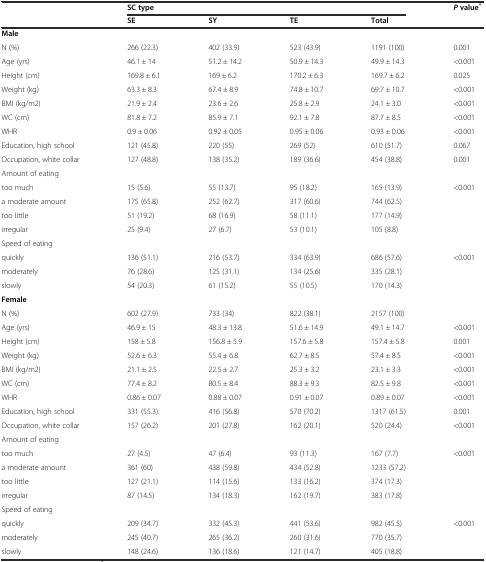
<table><thead><tr><td rowspan="2"></td><td colspan="3"><b>SC type</b></td><td></td><td rowspan="2"><b><i>P</i>value<sup>*</sup></b></td></tr><tr><td><b>SE</b></td><td><b>SY</b></td><td><b>TE</b></td><td><b>Total</b></td></tr></thead><tbody><tr><td><b>Male</b></td><td></td><td></td><td></td><td></td><td></td></tr><tr><td>N (%)</td><td>266 (22.3)</td><td>402 (33.9)</td><td>523 (43.9)</td><td>1191 (100)</td><td>0.001</td></tr><tr><td>Age (yrs)</td><td>46.1 ± 14</td><td>51.2 ± 14.2</td><td>50.9 ± 14.3</td><td>49.9 ± 14.3</td><td>&lt;0.001</td></tr><tr><td>Height (cm)</td><td>169.8 ± 6.1</td><td>169 ± 6.2</td><td>170.2 ± 6.3</td><td>169.7 ± 6.2</td><td>0.025</td></tr><tr><td>Weight (kg)</td><td>63.3 ± 8.3</td><td>67.4 ± 8.9</td><td>74.8 ± 10.7</td><td>69.7 ± 10.7</td><td>&lt;0.001</td></tr><tr><td>BMI (kg/m2)</td><td>21.9 ± 2.4</td><td>23.6 ± 2.6</td><td>25.8 ± 2.9</td><td>24.1 ± 3.0</td><td>&lt;0.001</td></tr><tr><td>WC (cm)</td><td>81.8 ± 7.2</td><td>85.9 ± 7.1</td><td>92.1 ± 7.8</td><td>87.7 ± 8.5</td><td>&lt;0.001</td></tr><tr><td>WHR</td><td>0.9 ± 0.06</td><td>0.92 ± 0.05</td><td>0.95 ± 0.06</td><td>0.93 ± 0.06</td><td>&lt;0.001</td></tr><tr><td>Education, high school</td><td>121 (45.8)</td><td>220 (55)</td><td>269 (52)</td><td>610 (51.7)</td><td>0.067</td></tr><tr><td>Occupation, white collar</td><td>127 (48.8)</td><td>138 (35.2)</td><td>189 (36.6)</td><td>454 (38.8)</td><td>0.001</td></tr><tr><td>Amount of eating</td><td></td><td></td><td></td><td></td><td></td></tr><tr><td>too much</td><td>15 (5.6)</td><td>55 (13.7)</td><td>95 (18.2)</td><td>165 (13.9)</td><td>&lt;0.001</td></tr><tr><td>a moderate amount</td><td>175 (65.8)</td><td>252 (62.7)</td><td>317 (60.6)</td><td>744 (62.5)</td><td></td></tr><tr><td>too little</td><td>51 (19.2)</td><td>68 (16.9)</td><td>58 (11.1)</td><td>177 (14.9)</td><td></td></tr><tr><td>irregular</td><td>25 (9.4)</td><td>27 (6.7)</td><td>53 (10.1)</td><td>105 (8.8)</td><td></td></tr><tr><td>Speed of eating</td><td></td><td></td><td></td><td></td><td></td></tr><tr><td>quickly</td><td>136 (51.1)</td><td>216 (53.7)</td><td>334 (63.9)</td><td>686 (57.6)</td><td>&lt;0.001</td></tr><tr><td>moderately</td><td>76 (28.6)</td><td>125 (31.1)</td><td>134 (25.6)</td><td>335 (28.1)</td><td></td></tr><tr><td>slowly</td><td>54 (20.3)</td><td>61 (15.2)</td><td>55 (10.5)</td><td>170 (14.3)</td><td></td></tr><tr><td><b>Female</b></td><td></td><td></td><td></td><td></td><td></td></tr><tr><td>N (%)</td><td>602 (27.9)</td><td>733 (34)</td><td>822 (38.1)</td><td>2157 (100)</td><td></td></tr><tr><td>Age (yrs)</td><td>46.9 ± 15</td><td>48.3 ± 13.8</td><td>51.6 ± 14.9</td><td>49.1 ± 14.7</td><td>&lt;0.001</td></tr><tr><td>Height (cm)</td><td>158 ± 5.8</td><td>156.8 ± 5.9</td><td>157.6 ± 5.8</td><td>157.4 ± 5.8</td><td>0.001</td></tr><tr><td>Weight (kg)</td><td>52.6 ± 6.3</td><td>55.4 ± 6.8</td><td>62.7 ± 8.5</td><td>57.4 ± 8.5</td><td>&lt;0.001</td></tr><tr><td>BMI (kg/m2)</td><td>21.1 ± 2.5</td><td>22.5 ± 2.7</td><td>25.3 ± 3.2</td><td>23.1 ± 3.3</td><td>&lt;0.001</td></tr><tr><td>WC (cm)</td><td>77.4 ± 8.2</td><td>80.5 ± 8.4</td><td>88.3 ± 9.3</td><td>82.5 ± 9.8</td><td>&lt;0.001</td></tr><tr><td>WHR</td><td>0.86 ± 0.07</td><td>0.88 ± 0.07</td><td>0.91 ± 0.07</td><td>0.89 ± 0.07</td><td>&lt;0.001</td></tr><tr><td>Education, high school</td><td>331 (55.3)</td><td>416 (56.8)</td><td>570 (70.2)</td><td>1317 (61.5)</td><td>0.001</td></tr><tr><td>Occupation, white collar</td><td>157 (26.2)</td><td>201 (27.8)</td><td>162 (20.1)</td><td>520 (24.4)</td><td>&lt;0.001</td></tr><tr><td>Amount of eating</td><td></td><td></td><td></td><td></td><td></td></tr><tr><td>too much</td><td>27 (4.5)</td><td>47 (6.4)</td><td>93 (11.3)</td><td>167 (7.7)</td><td>&lt;0.001</td></tr><tr><td>a moderate amount</td><td>361 (60)</td><td>438 (59.8)</td><td>434 (52.8)</td><td>1233 (57.2)</td><td></td></tr><tr><td>too little</td><td>127 (21.1)</td><td>114 (15.6)</td><td>133 (16.2)</td><td>374 (17.3)</td><td></td></tr><tr><td>irregular</td><td>87 (14.5)</td><td>134 (18.3)</td><td>162 (19.7)</td><td>383 (17.8)</td><td></td></tr><tr><td>Speed of eating</td><td></td><td></td><td></td><td></td><td></td></tr><tr><td>quickly</td><td>209 (34.7)</td><td>332 (45.3)</td><td>441 (53.6)</td><td>982 (45.5)</td><td>&lt;0.001</td></tr><tr><td>moderately</td><td>245 (40.7)</td><td>265 (36.2)</td><td>260 (31.6)</td><td>770 (35.7)</td><td></td></tr><tr><td>slowly</td><td>148 (24.6)</td><td>136 (18.6)</td><td>121 (14.7)</td><td>405 (18.8)</td><td></td></tr></tbody></table>